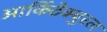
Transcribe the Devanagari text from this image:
आर्किटेक्चुरल